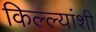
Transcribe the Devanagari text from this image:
किल्ल्यांशी